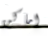
اماكن